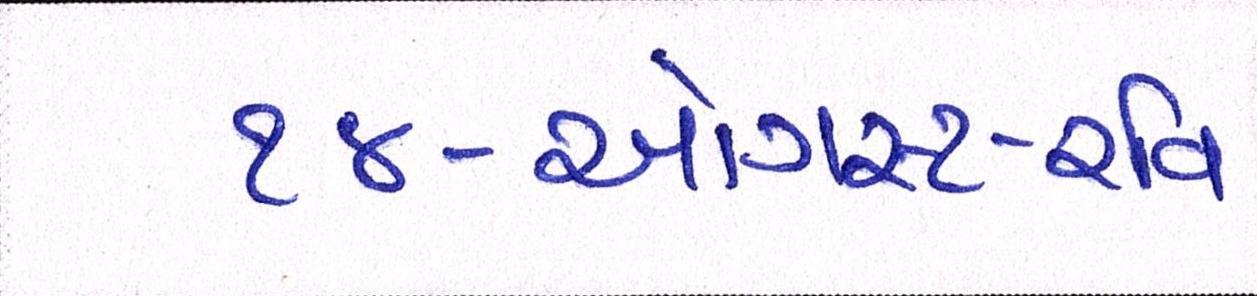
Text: ૧૪-ઓગસ્ટ-રવિ